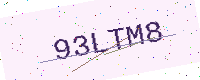
Text: 93LTM8